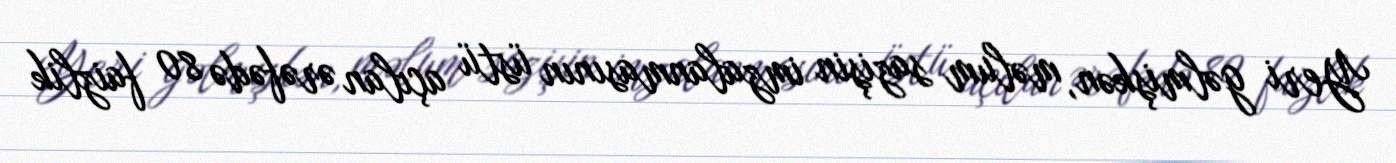
Yeri gəlmişkən, məlum sazişin imzalanmasının üstü açılan ərəfədə 80 faizlik